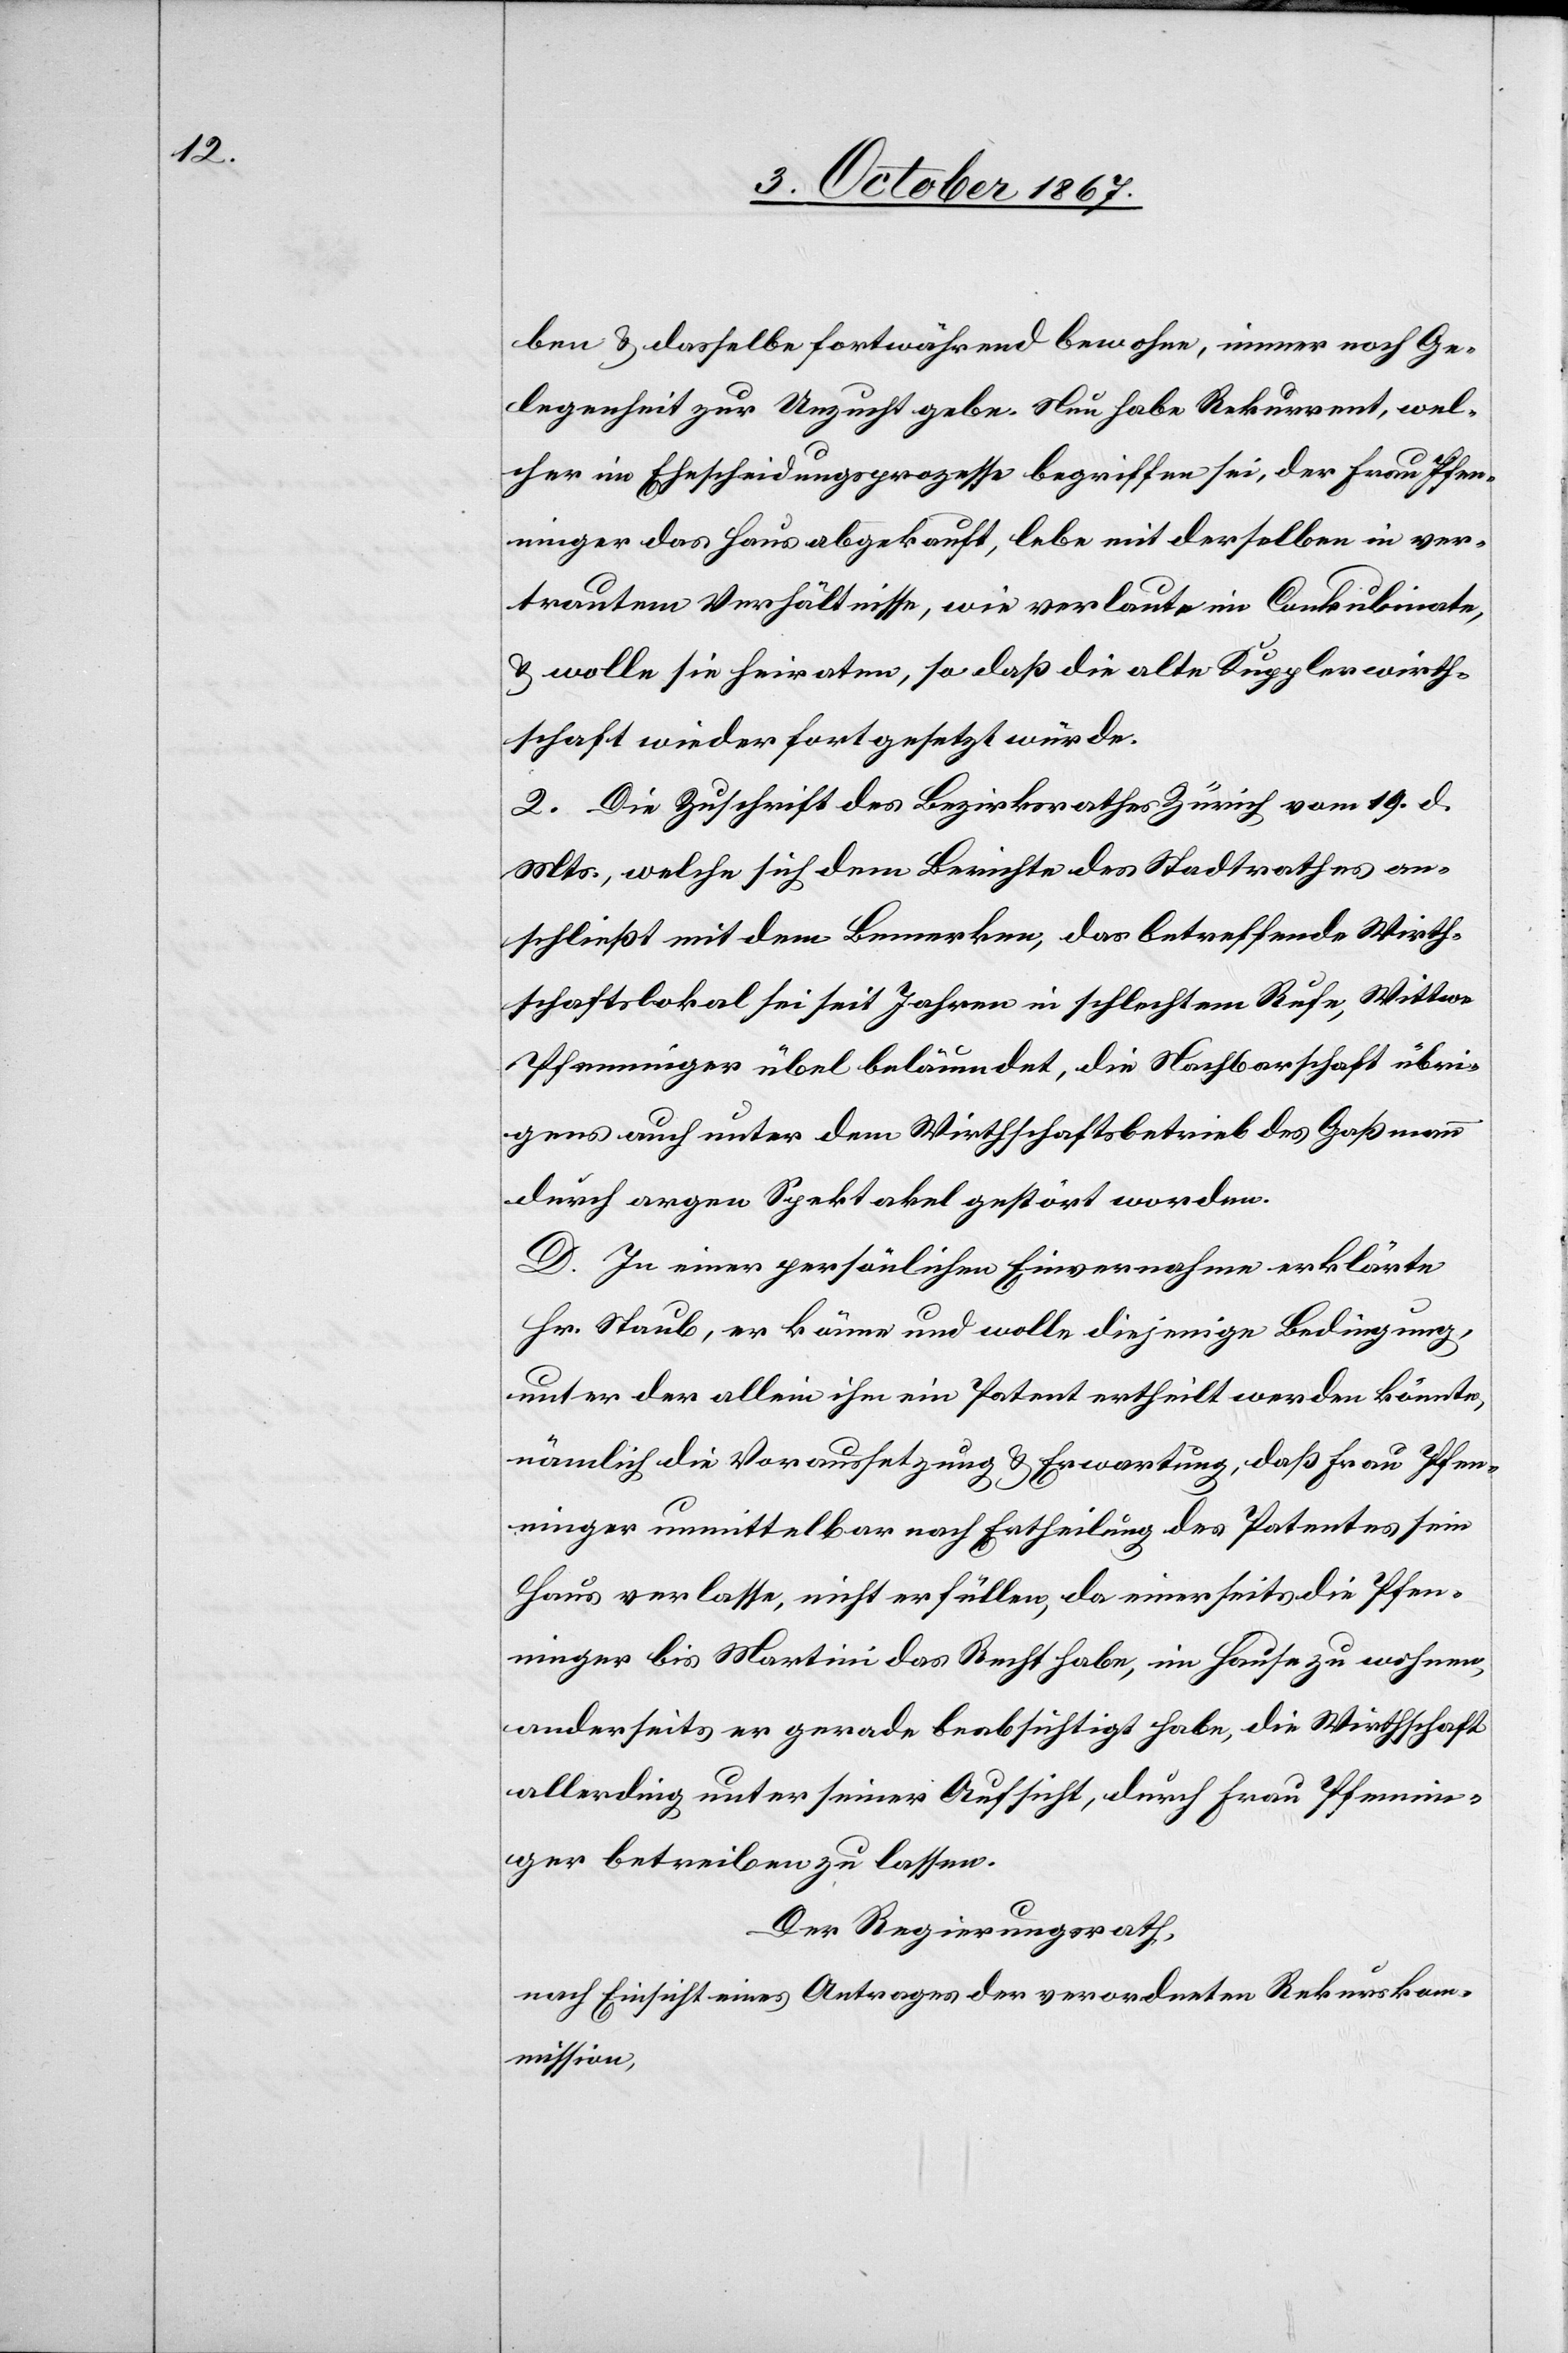
ben u. dasselbe fortwährend bewohne, immer noch Ge¬
legenheit zur Unzucht gebe. Nun habe Rekurrent, wel¬
cher im Ehescheidungsprozesse begriffen sei, der Frau Pfen¬
ninger das Haus abgekauft, lebe mit derselben in ver¬
trautem Verhältnisse, wie verlaute im Conkubinate,
u. wolle sie heiraten, so daß die alte Kupplerwirth¬
schaft wieder fortgesetzt würde.
2. Die Zuschrift des Bezirksrathes Zürich vom 19. d.
Mts., welche sich dem Berichte des Stadtrathes an¬
schließt mit dem Bemerken, das betreffende Wirth¬
schaftslokal sei seit Jahren in schlechtem Rufe, Wittwe
Pfenninger über beläumdet, die Nachbarschaft übri¬
gens auch unter dem Wirthschaftsbetrieb des Gaßmann
durch argen Spektakel gestört worden.
D. In einer persönlichen Einvernahme erklärte
Hr. Staub, er könne und wolle diejenige Bedingung,
unter der allein ihm ein Patent ertheilt werden könnte,
nämlich die Voraussetzung u. Erwartung, daß Frau Pfen¬
ninger unmittelbar nach Ertheilung des Patentes sein
Haus verlasse, nicht erfüllen, da einerseits die Pfen¬
ninger bis Martini das Recht habe, im Hause zu wohnen,
anderseits er gerade beabsichtigt habe, die Wirthschaft
allerdings unter seiner Aufsicht, durch Frau Pfennin¬
ger betreiben zu lassen.
Der Regierungsrath,
nach Einsicht eines Antrages der verordneten Rekurskom¬
mission,